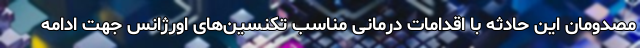
مصدومان این حادثه با اقدامات درمانی مناسب تکنسین‌های اورژانس جهت ادامه